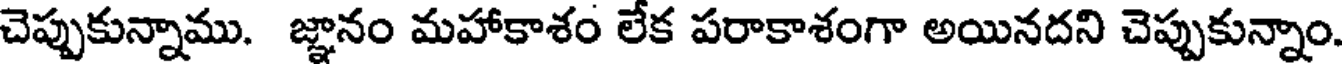
చెప్పుకున్నాము. జ్ఞానం మహాకాశం లేక పరాకాశంగా అయినదని చెప్పుకున్నాం.